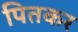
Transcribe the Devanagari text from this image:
पितकर